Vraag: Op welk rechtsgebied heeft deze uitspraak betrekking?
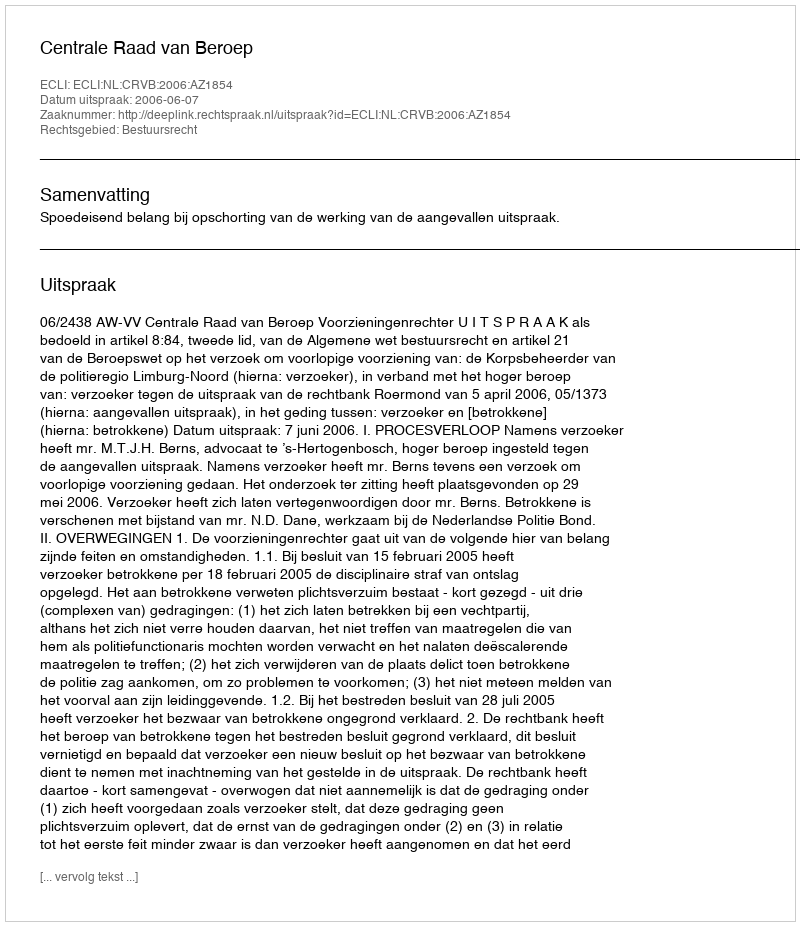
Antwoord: Bestuursrecht